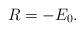
LaTeX: \begin{align*} R = - E_0.\end{align*}